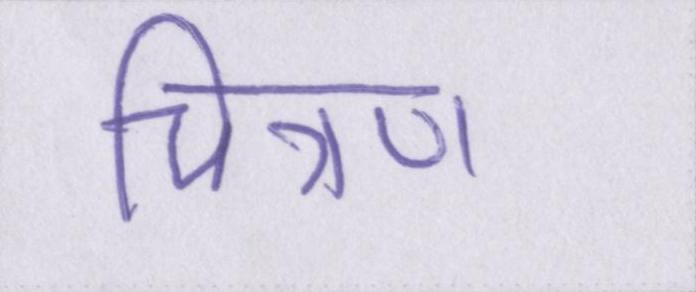
चित्रण